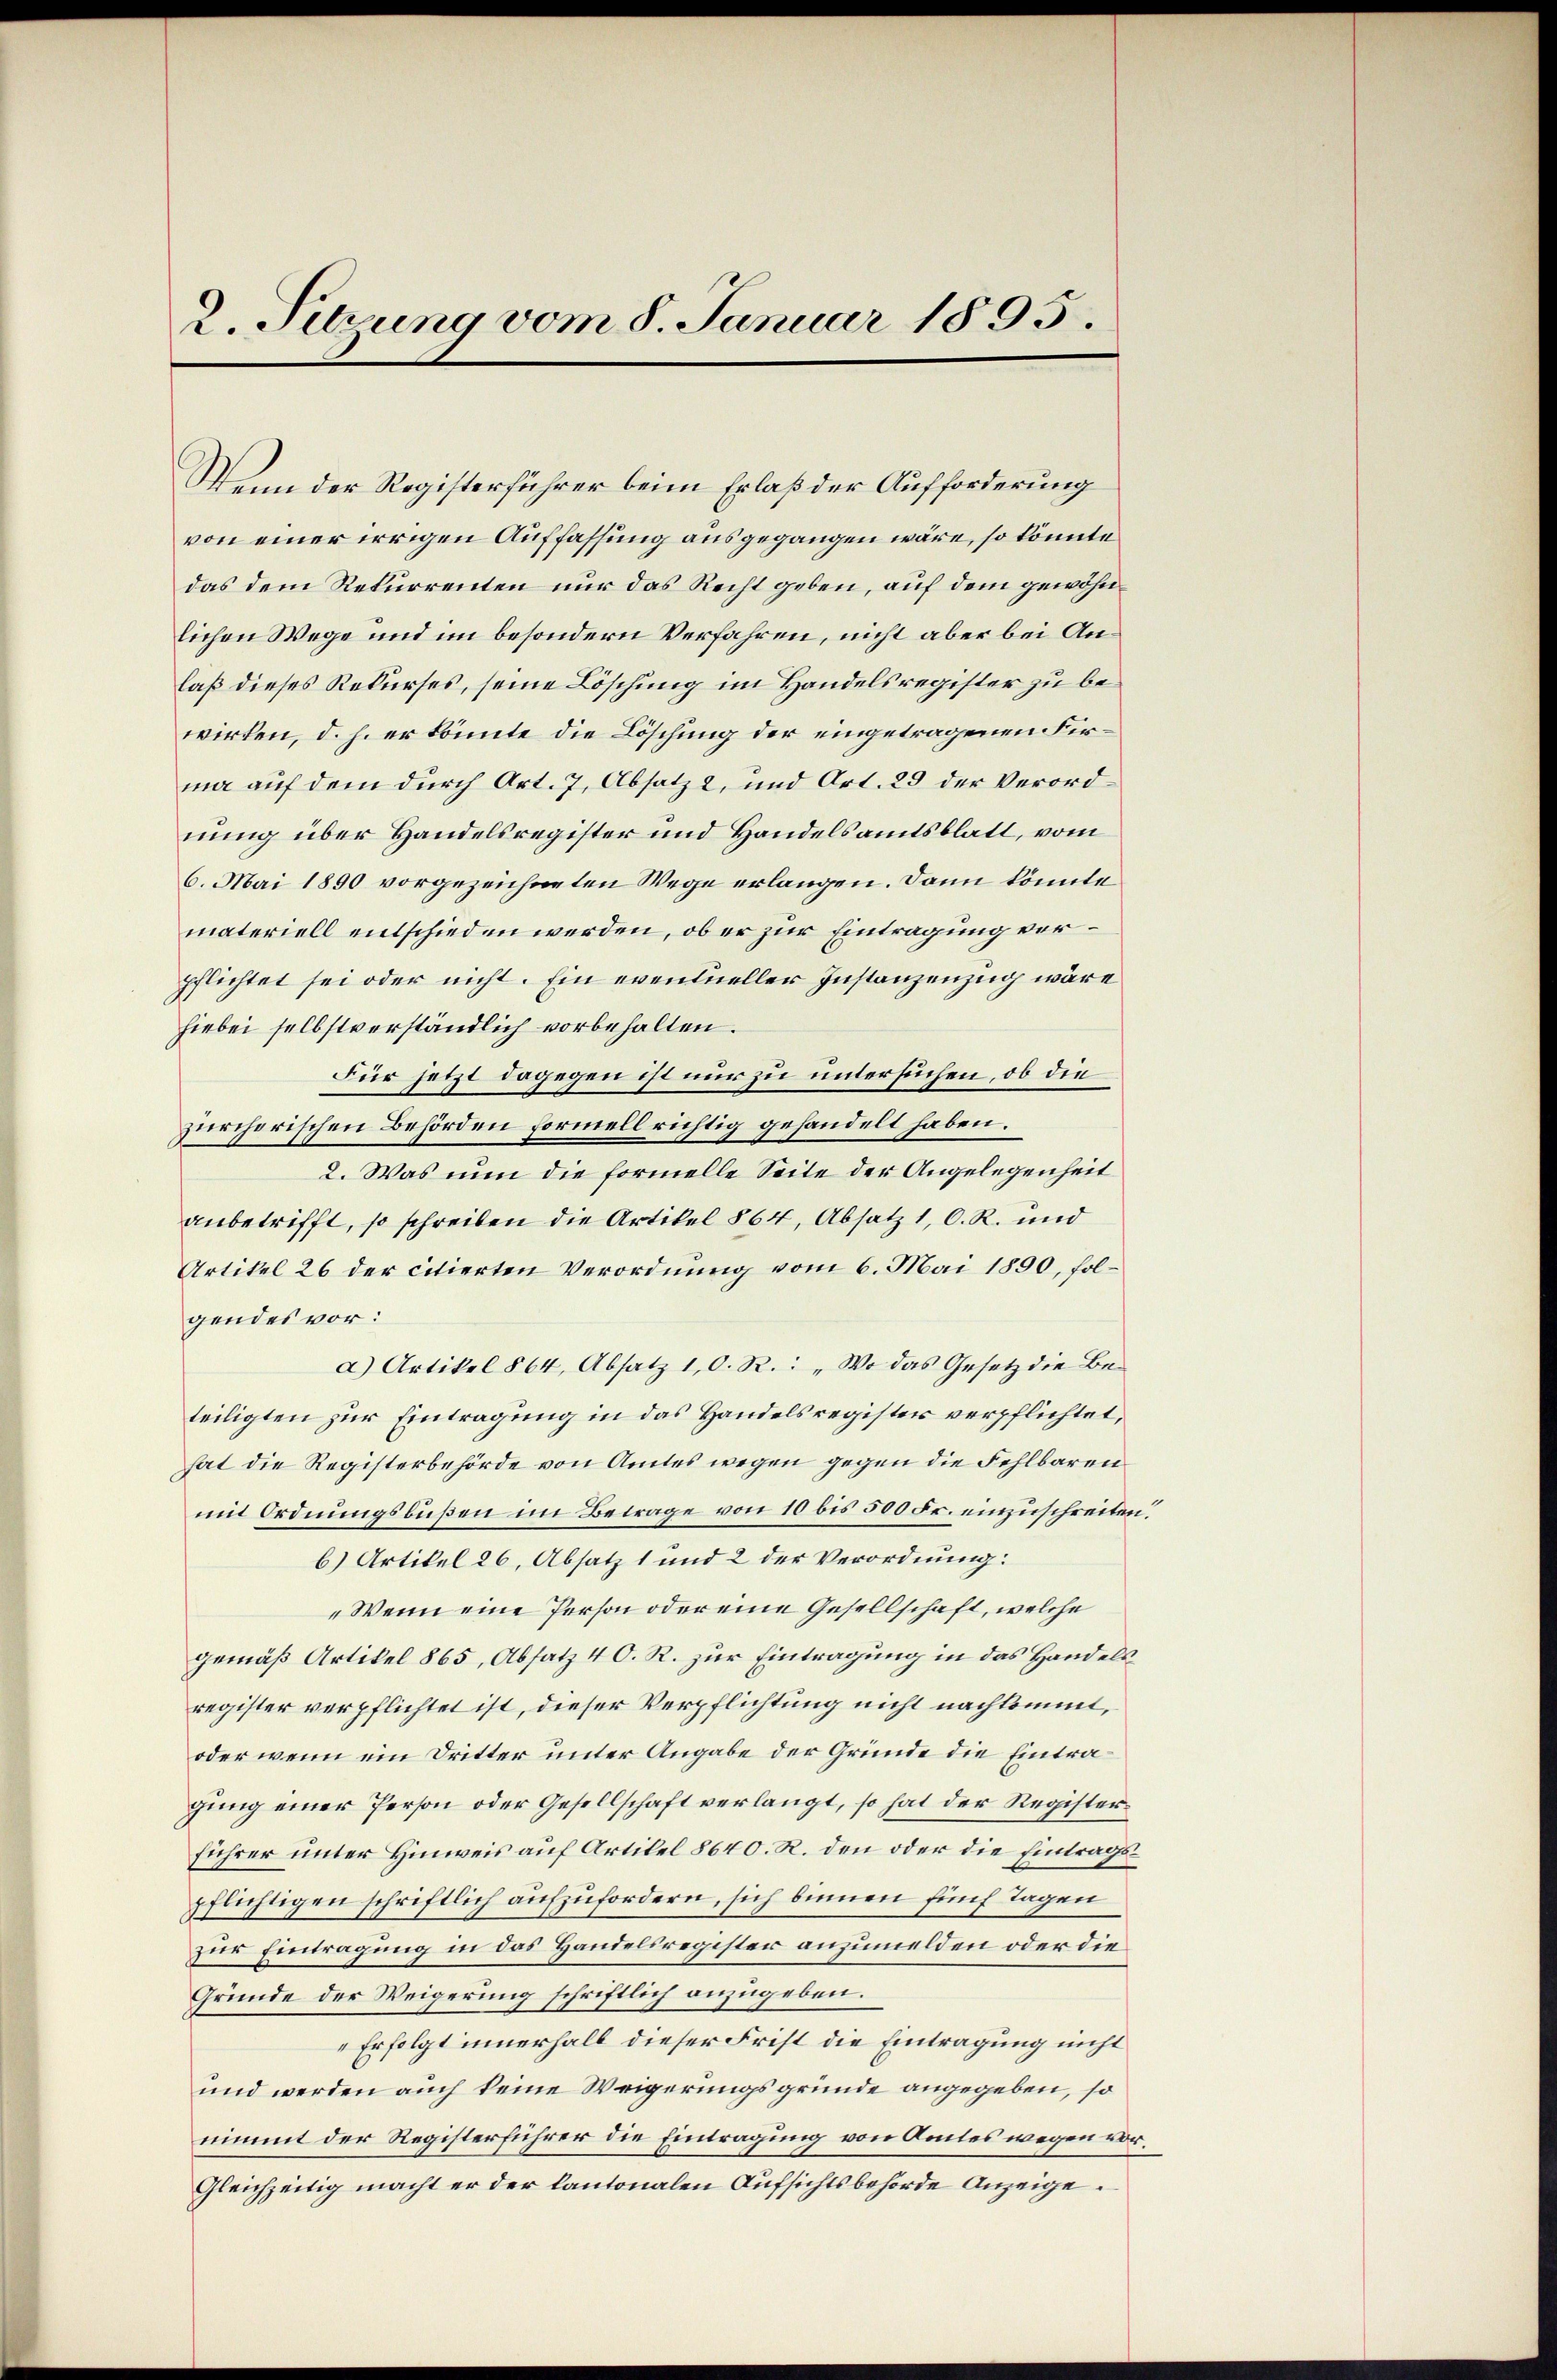
2 Sitzung vom 8. Januar 1895.

Wenn der Registerführer beim Erlaß der Aufforderung
von einer irrigen Auffassung ausgegangen wäre, so könnte
das dem Rekurrenten nur das Recht geben, auf dem gewöhnlichen Wege und im besondern Verfahren, nicht aber bei Anlaß dieses Rekurses, seine Löschung im Handelsregister zu bewirken, d. h. er könnte die Löschung der eingetragenen Firma auf dem durch Art. 7, Absatz 2, und Art. 29 der Verordnung über Handelsregister und Handelsamtsblatt, vom
6. Mai 1890 vorgezeichneten Wege erlangen. Dann könnte
materiell entschieden werden, ob er zur Eintragung verpflichtet sei oder nicht. Ein eventueller Instanzenzug wäre
hiebei selbstverständlich vorbehalten.
Für jetzt dagegen ist nur zu untersuchen, ob die
zürcherischen Behörden formell richtig gehandelt haben.
2. Was nun die formelle Seite der Angelegenheit
anbetrifft, so schreiben die Artikel § 64, Absatz 1, D. R. und
Artikel 26 der citierten Verordnung vom 6. Mai 1890, folgendes vor:
a) Artikel § 64, Absatz 10. R.: „Wo das Gesetz die Beteiligten zur Eintragung in das Handelsregister verpflichtet,
hat die Registerbehörde von Amtes wegen gegen die Fehlbaren
mit Ordnungsbußen im Betrage von 10 bis 500 Fr. einzuschreiten.
b) Artikel 26, Absatz 1 und 2 der Verordnung:
"Wenn eine Person oder eine Gesellschaft, welche
gemäß Artikel 865, Absatz 4 O. R. zur Eintragung in das Handels
register verpflichtet ist, dieser Verpflichtung nicht nachkommt,
oder wenn ein Dritter unter Angabe der Gründe die Eintragung einer Person oder Gesellschaft verlangt, so hat der Registerführer unter Hinweis auf Artikel 8640. R. den oder die Eintragspflichtigen schriftlich aufzufordern, sich binnen fünf Tagen
zur Eintragung in das Handelsregister anzumelden oder die
Gründe der Weigerung schriftlich anzugeben.
Erfolgt innerhalb dieser Frist die Eintragung nicht
und werden auch keine Weigerungsgründe angegeben, so
nimmt der Registerführer die Eintragung von Amtes wegen vor¬
Gleichzeitig macht er der Cantonalen Aufsichtsbehörde Anzeige.